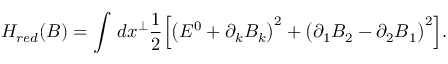
H _ { r e d } ( B ) = \int \, d x ^ { \perp } \frac { 1 } { 2 } \Big [ \big ( E ^ { 0 } + \partial _ { k } B _ { k } \big ) ^ { 2 } + \big ( \partial _ { 1 } B _ { 2 } - \partial _ { 2 } B _ { 1 } \big ) ^ { 2 } \Big ] .